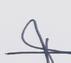
Signature authenticity: forged